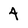
Character: 4